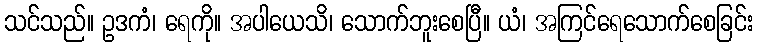
သင်သည်။ ဥဒကံ၊ ရေကို။ အပါယေသိ၊ သောက်ဘူးစေပြီ။ ယံ၊ အကြင်ရေသောက်စေခြင်း